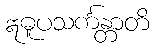
ဣဓူပသင်္ကန္တာတိ